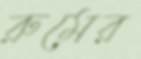
রুমের